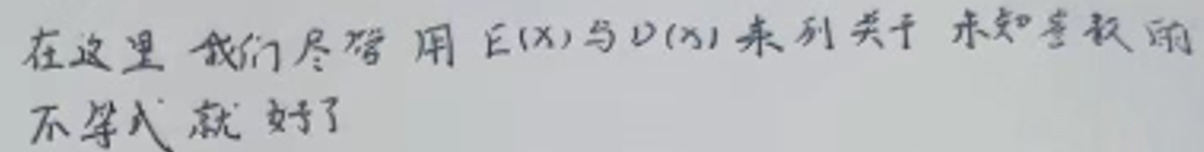
在这里我们尽管用 $E(X)$ 与 $D(X)$ 来列关于未知参数的不等式就好了